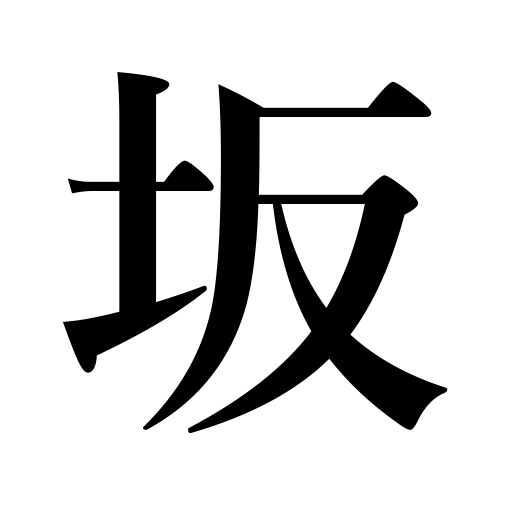
Meanings: incline,hill,slope